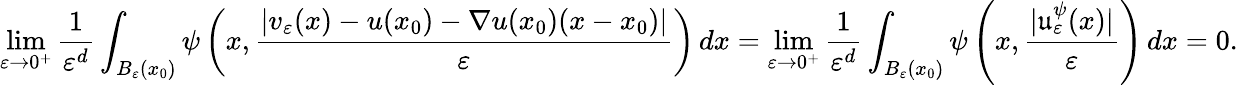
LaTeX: \operatorname*{lim}_{\varepsilon\to 0^{+}}\frac{1}{\varepsilon^{d}}\int_{B_{\varepsilon}(x_{0})}\psi\left(x,\frac{|v_{\varepsilon}(x)-u(x_{0})-\nabla u(x_{0})(x-x_{0})|}{\varepsilon}\right)\, dx=\operatorname*{lim}_{\varepsilon\to 0^{+}}\frac{1}{\varepsilon^{d}}\int_{B_{\varepsilon}(x_{0})}\psi\left(x,\frac{|\mathfrak{u}_{\varepsilon}^{\psi}(x)|}{\varepsilon}\right)\, dx=0.